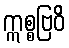
ဣစ္စဗြဝိ